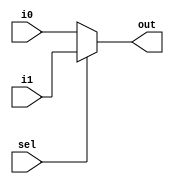
`timescale 1ns / 1ps
//////////////////////////////////////////////////////////////////////////////////
// Company: 
// Engineer: 
// 
// Design Name: 
// Module Name: MUX3x1
// Project Name: 
// Target Devices: 
// Tool Versions: 
// Description: 
// 
// Dependencies: 
// 
// Revision:
// Revision 0.01 - File Created
// Additional Comments:
// 
//////////////////////////////////////////////////////////////////////////////////


module MUX3x1(input i0,i1,sel,output out);
assign out=sel? i1:i0;
endmodule

module mux_3_x_1(input i0,i1,i2,i3, input sel0,sel1,output  out);
wire y0,y1;

MUX3x1 dut1(sel1,i0,i1,y0);
MUX3x1 dut2(sel0,y0,i2,out);
endmodule